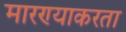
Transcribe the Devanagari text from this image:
मारण्याकरता